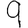
Digit: 9